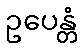
ဥပေန္တံ